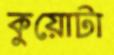
কুয়োটা